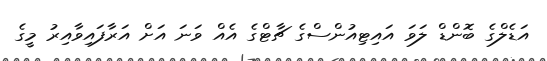
އަޑެލްގެ ބޮންޑް ލަވަ އައިޓިއުންސްގެ ޗާޓްގެ އެއް ވަނަ އަށް އަރާފައިވާއިރު މީގެ